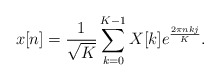
\begin{align*}x[n]=\frac{1}{\sqrt{K}} \sum_{k=0}^{K-1} X[k] e^{\frac{2\pi nkj}{K}}. \end{align*}